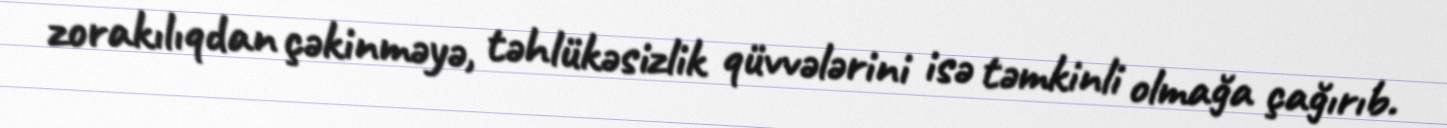
zorakılıqdan çəkinməyə, təhlükəsizlik qüvvələrini isə təmkinli olmağa çağırıb.